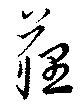
薶